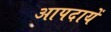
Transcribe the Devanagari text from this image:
आपदायें